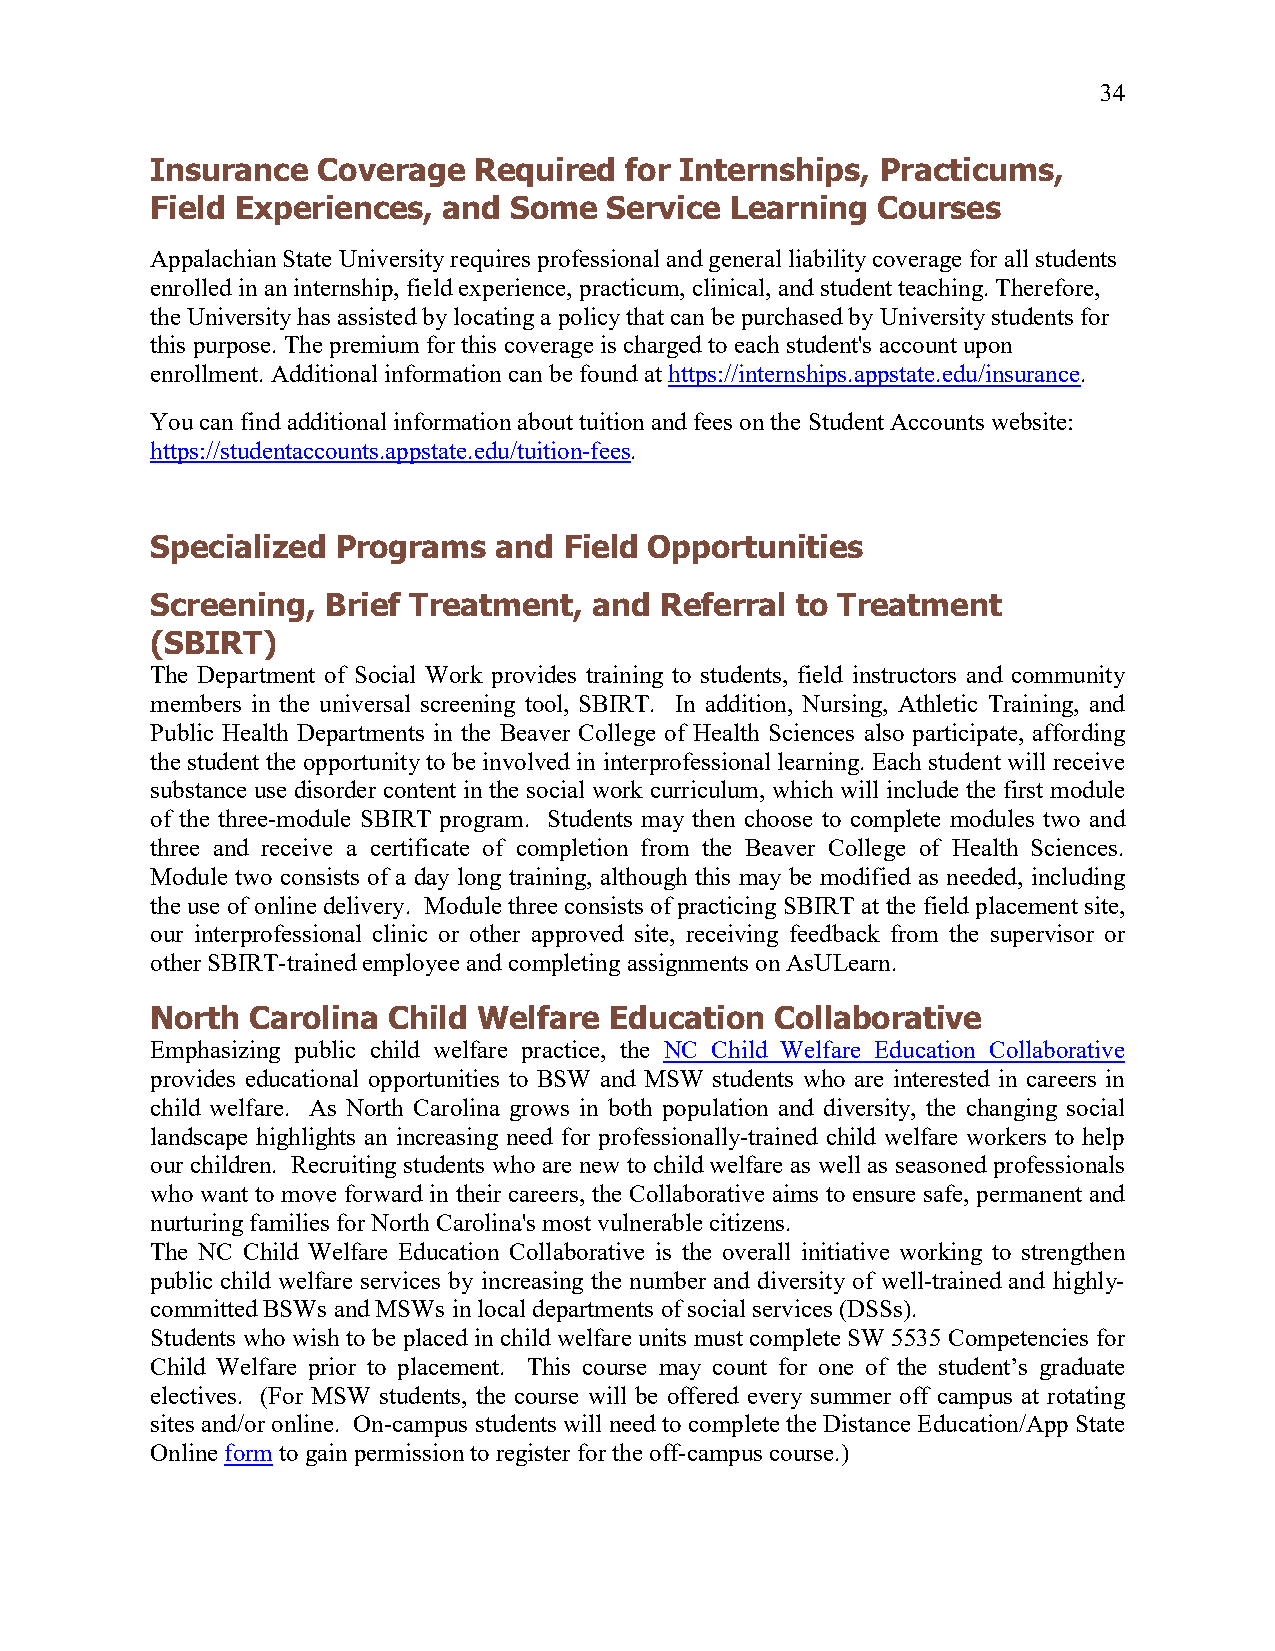
34
 Insurance  Coverage  Required  for Internships, Practicums,
 Field Experiences, and  Some  Service Learning  Courses
 Appalachian State University requires professional and general liability coverage for all students
 enrolled in an internship, field experience, practicum, clinical, and student teaching. Therefore,
 the University has assisted by locating a policy that can be purchased by University students for
 this purpose. The premium for this coverage is charged to each student's account upon
 enrollment. Additional information can be found at https://internships.appstate.edu/insurance.
 You can find additional information about tuition and fees on the Student Accounts website:
 https://studentaccounts.appstate.edu/tuition-fees.
 Specialized Programs   and Field Opportunities
 Screening,  Brief Treatment, and  Referral to Treatment
 (SBIRT)
 The Department of Social Work provides training to students, field instructors and community
 members in the universal screening tool, SBIRT. In addition, Nursing, Athletic Training, and
 Public Health Departments in the Beaver College of Health Sciences also participate, affording
 the student the opportunity to be involved in interprofessional learning. Each student will receive
 substance use disorder content in the social work curriculum, which will include the first module
 of the three-module SBIRT program. Students may then choose to complete modules two and
 three and receive a certificate of completion from the Beaver College of Health Sciences.
 Module two consists of a day long training, although this may be modified as needed, including
 the use of online delivery. Module three consists of practicing SBIRT at the field placement site,
 our interprofessional clinic or other approved site, receiving feedback from the supervisor or
 other SBIRT-trained employee and completing assignments on AsULearn.
 North Carolina  Child Welfare Education  Collaborative
 Emphasizing public child welfare practice, the NC Child Welfare Education Collaborative
 provides educational opportunities to BSW and MSW students who are interested in careers in
 child welfare. As North Carolina grows in both population and diversity, the changing social
 landscape highlights an increasing need for professionally-trained child welfare workers to help
 our children. Recruiting students who are new to child welfare as well as seasoned professionals
 who want to move forward in their careers, the Collaborative aims to ensure safe, permanent and
 nurturing families for North Carolina's most vulnerable citizens.
 The NC Child Welfare Education Collaborative is the overall initiative working to strengthen
 public child welfare services by increasing the number and diversity of well-trained and highly-
 committed BSWs and MSWs in local departments of social services (DSSs).
 Students who wish to be placed in child welfare units must complete SW 5535 Competencies for
 Child Welfare prior to placement. This course may count for one of the student’s graduate
 electives. (For MSW students, the course will be offered every summer off campus at rotating
 sites and/or online. On-campus students will need to complete the Distance Education/App State
 Online form to gain permission to register for the off-campus course.)